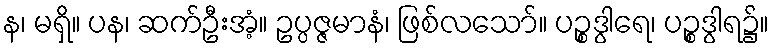
န၊ မရှိ။ ပန၊ ဆက်ဦးအံ့။ ဥပ္ပဇ္ဇမာနံ၊ ဖြစ်လသော်။ ပဉ္စဒွါရေ၊ ပဉ္စဒွါရ၌။